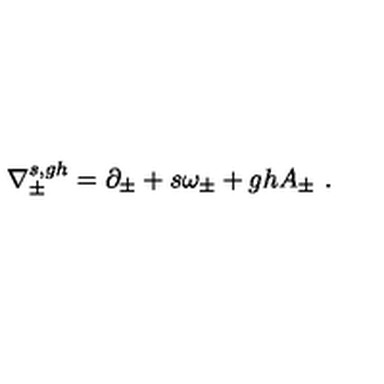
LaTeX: \nabla _ { \pm } ^ { s , g h } = \partial _ { \pm } + s \omega _ { \pm } + g h A _ { \pm } \ .